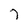
Character: 7